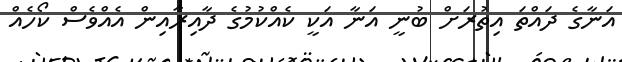
އަނާގެ ދައްތަ އިތުރަށް ބުނީ އަނާ އަކީ ކެއްކުމުގެ ދާއިރާއިން އެއްވެސް ކޯހެއް